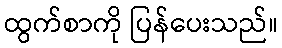
ထွက်စာကို ပြန်ပေးသည်။